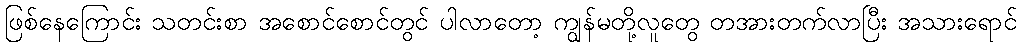
ဖြစ်နေကြောင်း သတင်းစာ အစောင်စောင်တွင် ပါလာတော့ ကျွန်မတို့လူတွေ တအားတက်လာပြီး အသားရောင်